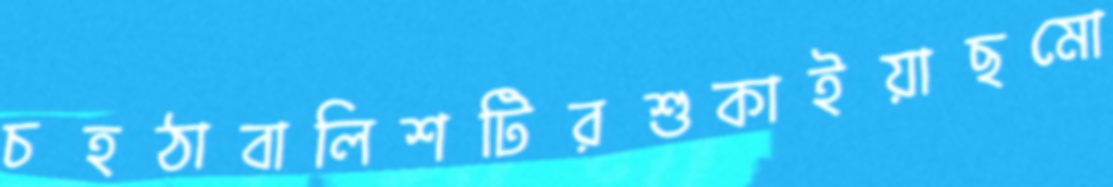
চহঠাবালিশটিরশুকাইয়াছমো